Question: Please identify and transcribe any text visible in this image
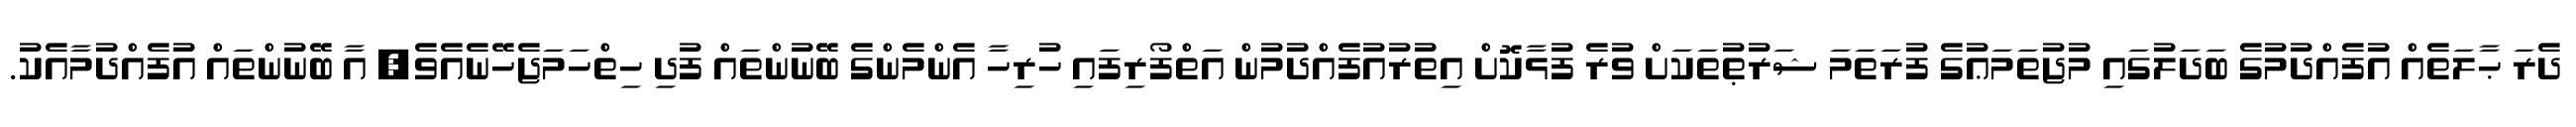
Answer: ދެރަ ޙާލަތެއް އުފެއްދުމުގެ ބަދަލުގައި މުޖުތަމަޢުގެ ފުރަތަމަ ޝަރުޠުތަކަށް ވުރެ ފުޅާކޮށް އިތުރުއުފެއްދުމުން އަތްފޯރިފައި ހުރިހާ އެންމެންގެ ބޭނުންތައް ފުދި ހިތްހަމަޖެހޭނެއެވެ; އާ ބޭނުންތައް އުފެއްދުމާއެކު.